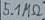
Text: 5.1MΩ